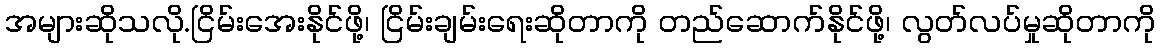
အများဆိုသလို.ငြိမ်းအေးနိုင်ဖို့၊ ငြိမ်းချမ်းရေးဆိုတာကို တည်ဆောက်နိုင်ဖို့၊ လွတ်လပ်မှုဆိုတာကို